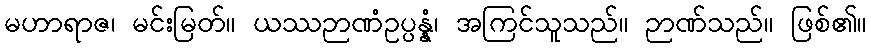
မဟာရာဇ၊ မင်းမြတ်။ ယဿဉာဏံဥပ္ပန္နံ၊ အကြင်သူသည်။ ဉာဏ်သည်။ ဖြစ်၏။